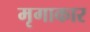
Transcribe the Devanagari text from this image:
मृगाकार